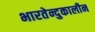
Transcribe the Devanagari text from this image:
भारतेन्दुकालीन